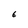
Character: E